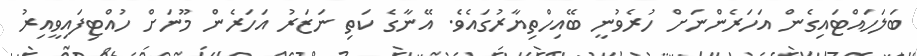
ބަލަަހައްޓައިގެން އަހަރެންނަށް ހުރެވުނީ ބޭއިހްތިޔާރުގައެވެ. އޭނާގެ ކަތި ނަޒަރު އަހަރެން މޫނަށް ހުއްޓިފައިވީއިރު